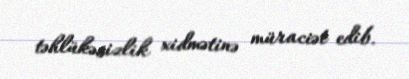
təhlükəsizlik xidmətinə müraciət edib.